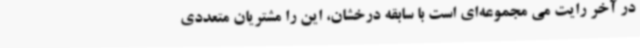
در آخر رایت می مجموعه‌ای است با سابقه درخشان، این را مشتریان متعددی